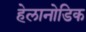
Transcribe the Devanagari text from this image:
हेलानोडिक